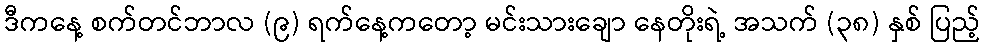
ဒီကနေ့ စက်တင်ဘာလ (၉) ရက်နေ့ကတော့ မင်းသားချော နေတိုးရဲ့ အသက် (၃၈) နှစ် ပြည့်